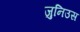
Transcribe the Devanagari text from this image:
जुनिउस